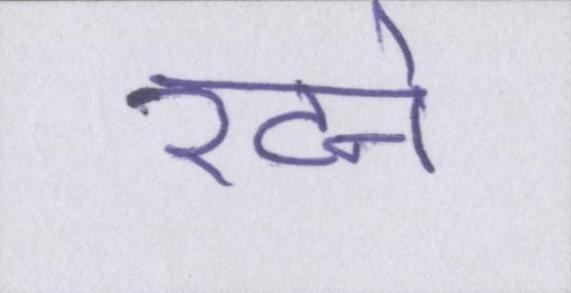
रटने